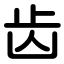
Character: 齿